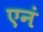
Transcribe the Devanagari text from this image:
एनं